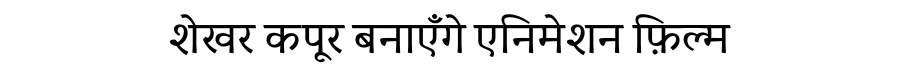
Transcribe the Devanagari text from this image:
शेखर कपूर बनाएँगे एनिमेशन फ़िल्म